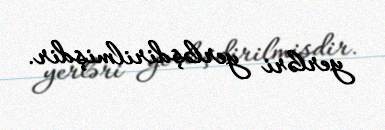
yerləri yerləşdirilmişdir.